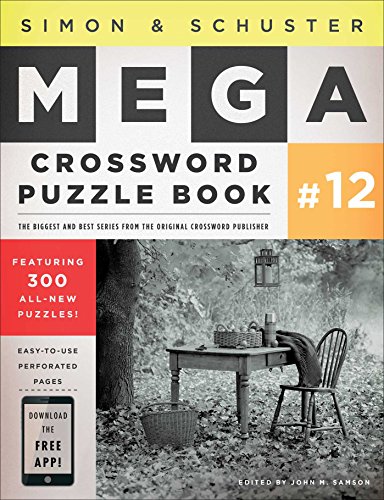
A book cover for Simon & Schuster Mega Crossword Puzzle Book #12; Humor & Entertainment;